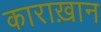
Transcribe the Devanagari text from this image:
काराख़ान